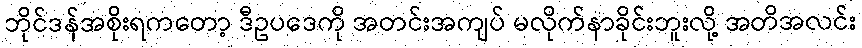
ဘိုင်ဒန်အစိုးရကတော့ ဒီဥပဒေကို အတင်းအကျပ် မလိုက်နာခိုင်းဘူးလို့ အတိအလင်း